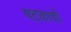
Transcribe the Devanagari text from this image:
षटकाची